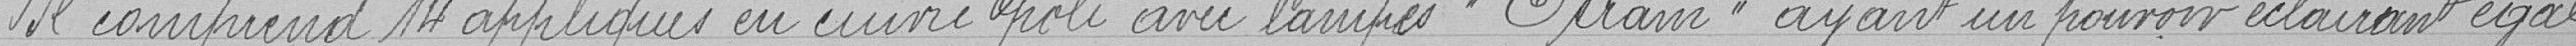
Il comprend 14 appliques en cuivre poli avec lampes "Opram" ayant un pouvoir éclairant égal,